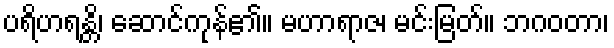
ပရိဟရန္တိ၊ ဆောင်ကုန်၏။ မဟာရာဇ၊ မင်းမြတ်။ ဘဂဝတာ၊